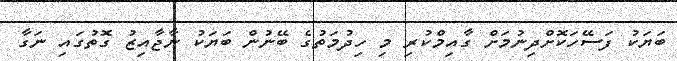
ބަޔަކު ފަސޭހަކޮށްދިނުމަށް ގާއިމްކުރި މި ހިދުމަތުގެ ބޭނުން ބަޔަކު ނާޖާއިޒު ގޮތުގައި ނަގާ